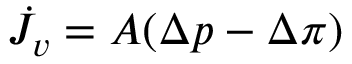
\begin{array} { r } { \dot { J _ { v } } = A ( \Delta p - \Delta \pi ) } \end{array}